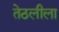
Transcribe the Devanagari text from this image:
तेठलीला